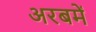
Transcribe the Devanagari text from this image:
अरबमें